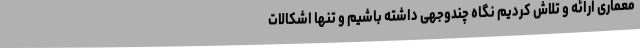
معماری ارائه و تلاش کردیم نگاه چندوجهی داشته باشیم و تنها اشکالات